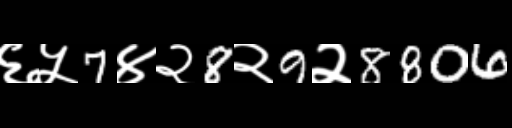
Text: ६५7४२8२9२8806